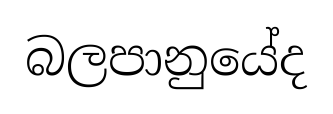
බලපානුයේද